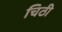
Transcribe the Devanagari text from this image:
चिठी